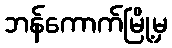
ဘန်ကောက်မြို့မှ